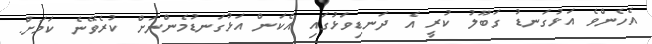
އެހެންވެ އަޅުގަނޑު ގަބޫލު ކުރީ އެ ދަނޑިވަޅުގައި އެކަން އަޅުގަނޑުމެންނަށް ކުރެވޭނެ ކަމަށް.